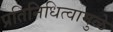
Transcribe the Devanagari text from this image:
प्रतिनिधित्वामुळे